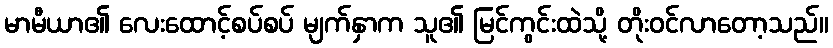
မာမီယာ၏ လေးထောင့်စပ်စပ် မျက်နှာက သူ၏ မြင်ကွင်းထဲသို့ တိုးဝင်လာတော့သည်။